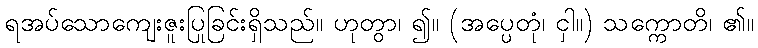
ရအပ်သောကျေးဇူးပြုခြင်းရှိသည်။ ဟုတွာ၊ ၍။ (အပ္ပေတုံ၊ ငှါ။) သက္ကောတိ၊ ၏။